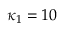
\kappa _ { 1 } = 1 0